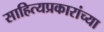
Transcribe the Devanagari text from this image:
साहित्यप्रकारांच्या